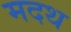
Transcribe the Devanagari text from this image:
मदथ